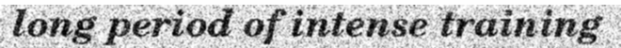
long period of intense training